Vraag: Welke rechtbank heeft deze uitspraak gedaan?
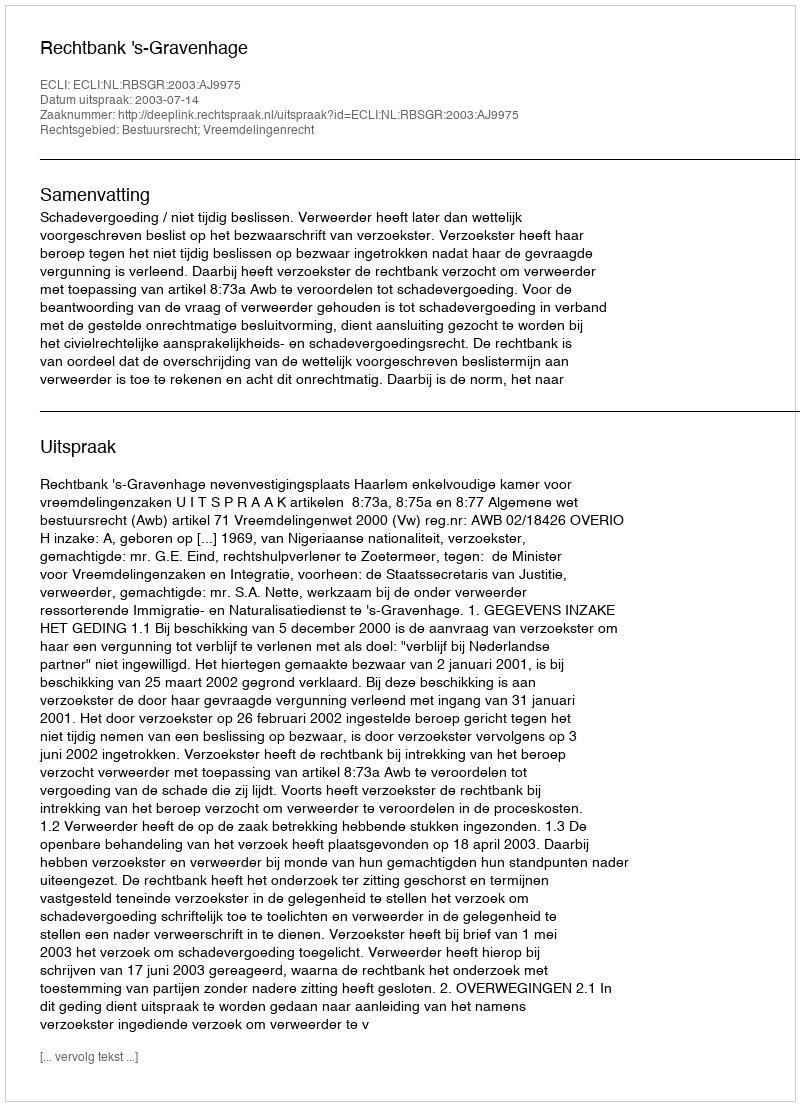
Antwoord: Rechtbank 's-Gravenhage